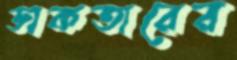
ডাকতারের